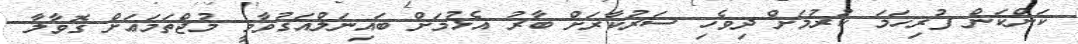
ކަންކަން ފުރިހަމަ ކުރުމަށް ދިވެހި ސަރުކާރަށް ބާރު އެޅުމަށް ބައިނަލްއަގުވާމީ މުޖްތަމަޢަށް ގޮވާލާ